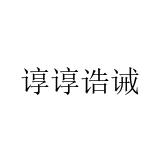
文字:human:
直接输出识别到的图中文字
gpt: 谆谆诰诫